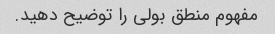
مفهوم منطق بولی را توضیح دهید.